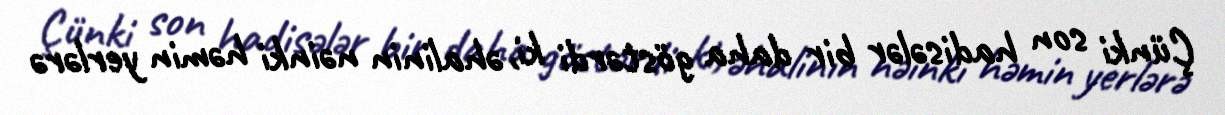
Çünki son hadisələr bir daha göstərdi ki, əhalinin nəinki həmin yerlərə